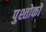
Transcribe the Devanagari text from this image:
पुश्तोकों